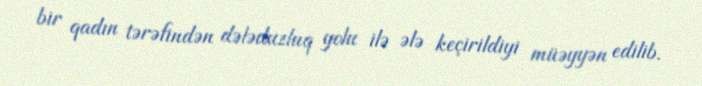
bir qadın tərəfindən dələduzluq yolu ilə ələ keçirildiyi müəyyən edilib.